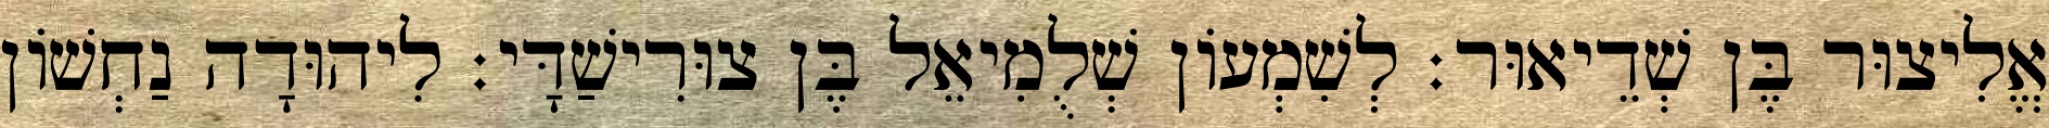
אֱלִיצוּר בֶּן שְׁדֵיאוּר׃ לְשִׁמְעוֹן שְׁלֻמִיאֵל בֶּן צוּרִישַׁדָּי׃ לִיהוּדָה נַחְשׁוֹן